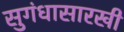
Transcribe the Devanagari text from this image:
सुगंधासारखी